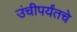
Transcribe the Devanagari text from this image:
उंचीपर्यंतचे